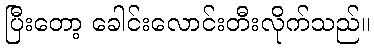
ပြီးတော့ ခေါင်းလောင်းတီးလိုက်သည်။